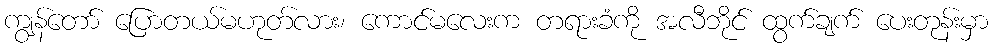
ကျွန်တော် ပြောတယ်မဟုတ်လား၊ ကောင်မလေးက တရားခံကို အလီဘိုင် ထွက်ချက် ပေးတုန်းမှာ